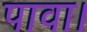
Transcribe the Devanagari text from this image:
पावा।